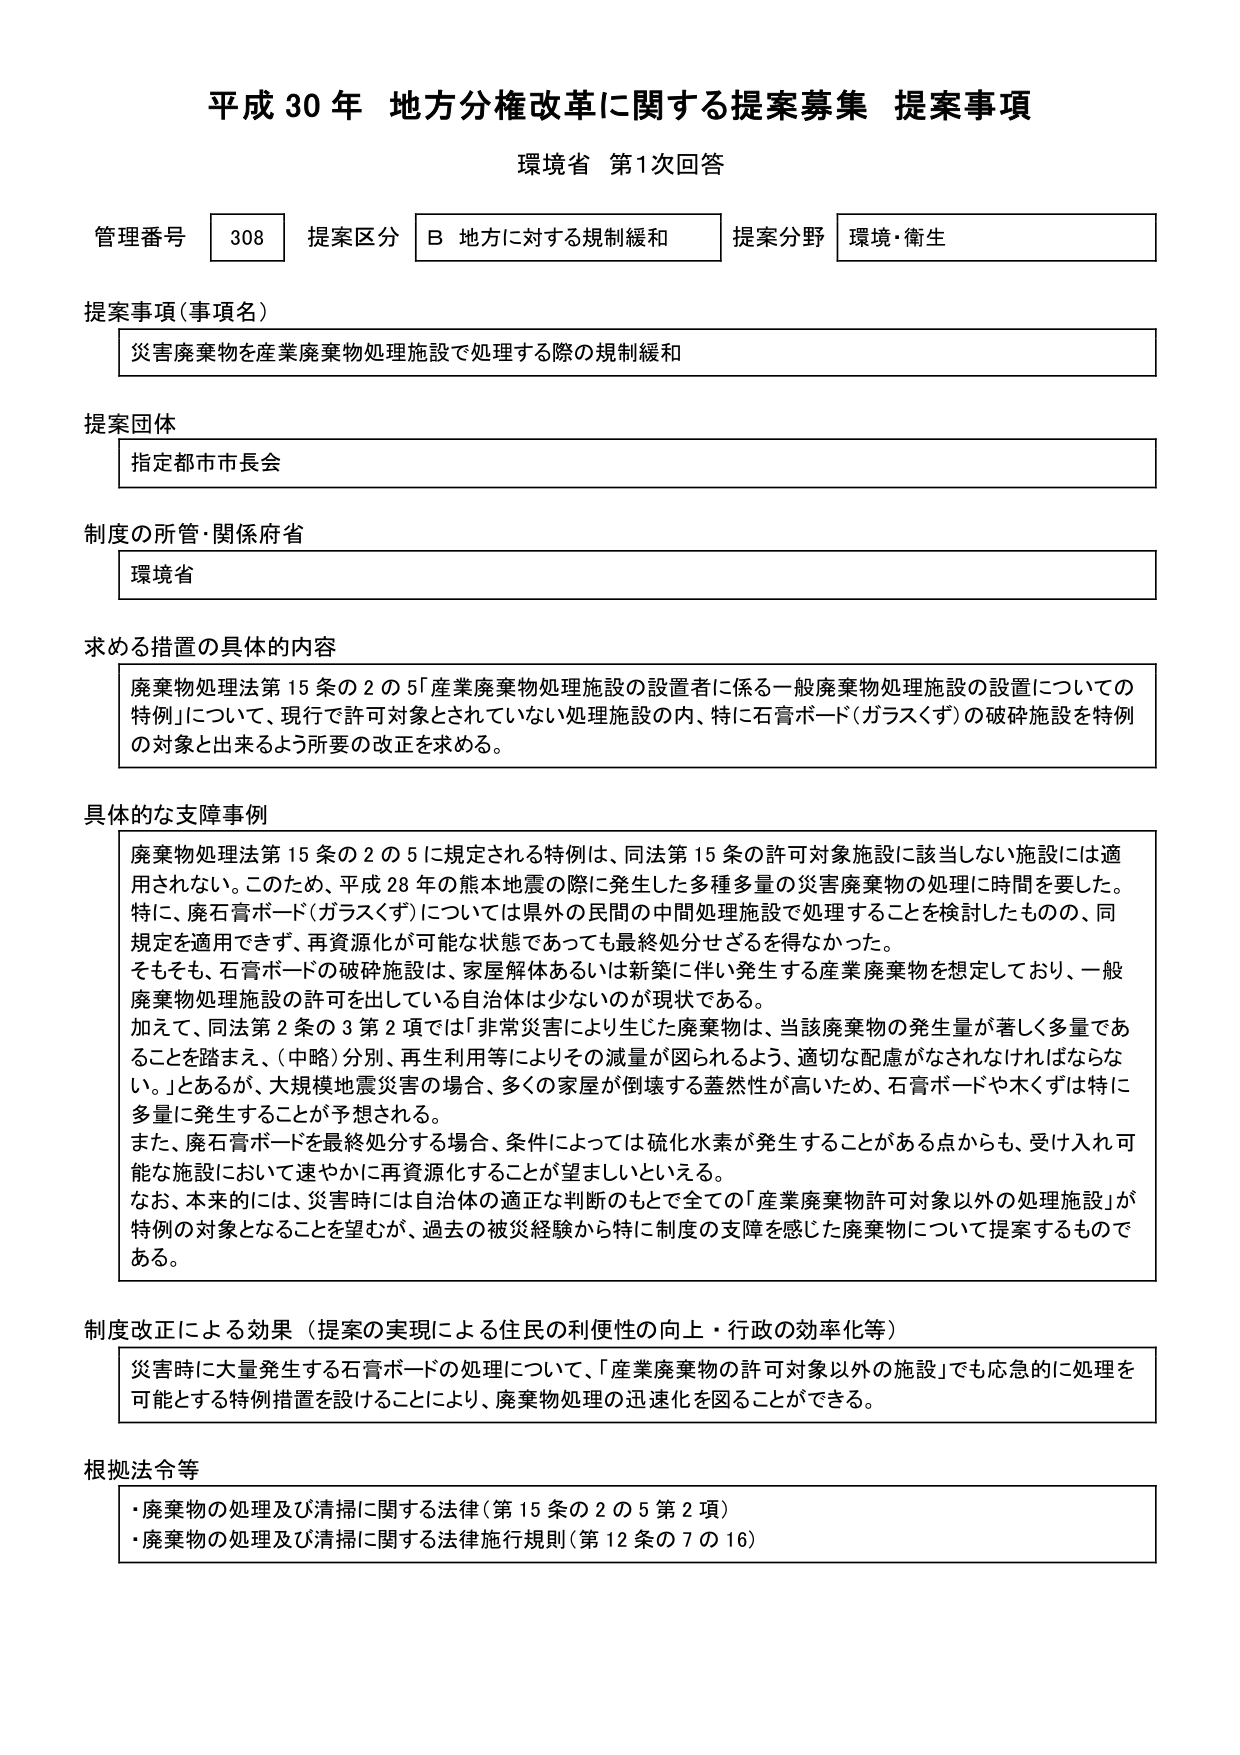
平成30年 地方分権改革に関する提案募集 提案事項
環境省 第1次回答

管理番号 308 提案区分 B 地方に対する規制緩和 提案分野 環境・衛生

提案事項（事項名）
災害廃棄物を産業廃棄物処理施設で処理する際の規制緩和

提案団体
指定都市市長会

制度の所管・関係府省
環境省

求める措置の具体的内容
廃棄物処理法第15条の2の5「産業廃棄物処理施設の設置者に係る一般廃棄物処理施設の設置についての特例」について、現行で許可対象とされていない処理施設の内、特に石膏ボード（ガラスクず）の破砕施設を特例の対象と出来るよう所要の改正を求める。

具体的な支障事例
廃棄物処理法第15条の2の5に規定される特例は、同法第15条の許可対象施設に該当しない施設には適用されない。このため、平成28年の熊本地震の際に発生した多種多量の災害廃棄物の処理に時間を要した。特に、廃石膏ボード（ガラスクず）については県外の民間の中間処理施設で処理することを検討したものの、同規定を適用できず、再資源化が可能な状態であっても最終処分せざるを得なかった。
そもそも、石膏ボードの破砕施設は、家屋解体あるいは新築に伴い発生する産業廃棄物を想定しており、一般廃棄物処理施設の許可を出している自治体は少ないのが現状である。
加えて、同法第2条の3第2項では「非常災害により生じた廃棄物は、当該廃棄物の発生量が著しく多量であることを踏まえ、（中略）分別、再生利用等によりその減量が図られるよう、適切な配慮がなされなければならない。」とあるが、大規模地震災害の場合、多くの家屋が倒壊する蓋然性が高いため、石膏ボードや木くずは特に多量に発生することが予想される。
また、廃石膏ボードを最終処分する場合、条件によっては硫化水素が発生することがある点からも、受け入れ可能な施設において速やかに再資源化することが望ましいといえる。
なお、本来的には、災害時には自治体の適正な判断のもとで全ての「産業廃棄物許可対象以外の処理施設」が特例の対象となることを望むが、過去の被災経験から特に制度の支障を感じた廃棄物について提案するものである。

制度改正による効果（提案の実現による住民の利便性の向上・行政の効率化等）
災害時に大量発生する石膏ボードの処理について、「産業廃棄物の許可対象以外の施設」でも応急的に処理を可能とする特例措置を設けることにより、廃棄物処理の迅速化を図ることができる。

根拠法令等
・廃棄物の処理及び清掃に関する法律（第15条の2の5第2項）
・廃棄物の処理及び清掃に関する法律施行規則（第12条の7の16）